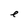
Character: e